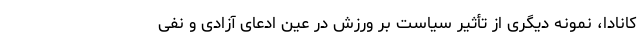
کانادا، نمونه دیگری از تأثیر سیاست بر ورزش در عین ادعای آزادی و نفی